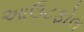
આઉટફોલ